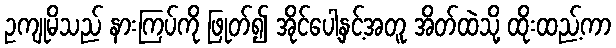
ဥကျုမိသည် နားကြပ်ကို ဖြုတ်၍ အိုင်ပေါ့နှင့်အတူ အိတ်ထဲသို့ ထိုးထည့်ကာ